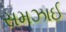
સમઝાઈ